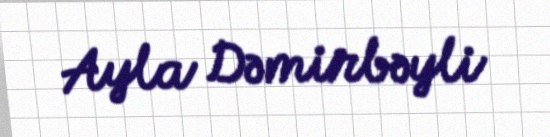
Ayla Dəmirbəyli